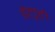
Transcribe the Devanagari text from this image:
डेलूही